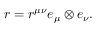
r = r ^ { \mu \nu } e _ { \mu } \otimes e _ { \nu } .